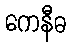
ကေနီဓ